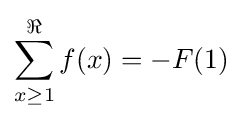
\sum _{x\geq 1}^{\Re }f(x)=-F(1)